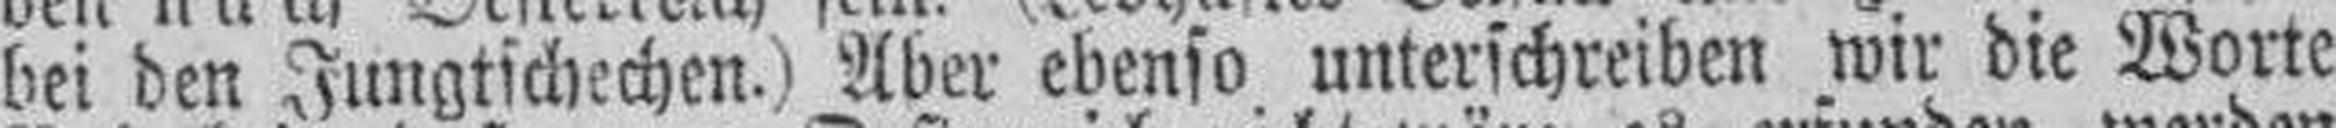
bei den Jungtschechen.) Aber ebenso unterschreiben wir die Worte